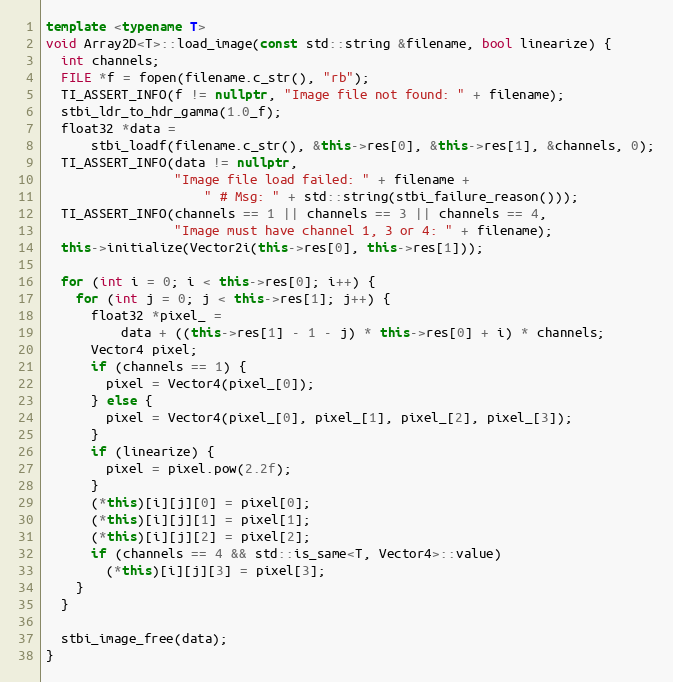
Language: C++
template <typename T>
void Array2D<T>::load_image(const std::string &filename, bool linearize) {
  int channels;
  FILE *f = fopen(filename.c_str(), "rb");
  TI_ASSERT_INFO(f != nullptr, "Image file not found: " + filename);
  stbi_ldr_to_hdr_gamma(1.0_f);
  float32 *data =
      stbi_loadf(filename.c_str(), &this->res[0], &this->res[1], &channels, 0);
  TI_ASSERT_INFO(data != nullptr,
                 "Image file load failed: " + filename +
                     " # Msg: " + std::string(stbi_failure_reason()));
  TI_ASSERT_INFO(channels == 1 || channels == 3 || channels == 4,
                 "Image must have channel 1, 3 or 4: " + filename);
  this->initialize(Vector2i(this->res[0], this->res[1]));

  for (int i = 0; i < this->res[0]; i++) {
    for (int j = 0; j < this->res[1]; j++) {
      float32 *pixel_ =
          data + ((this->res[1] - 1 - j) * this->res[0] + i) * channels;
      Vector4 pixel;
      if (channels == 1) {
        pixel = Vector4(pixel_[0]);
      } else {
        pixel = Vector4(pixel_[0], pixel_[1], pixel_[2], pixel_[3]);
      }
      if (linearize) {
        pixel = pixel.pow(2.2f);
      }
      (*this)[i][j][0] = pixel[0];
      (*this)[i][j][1] = pixel[1];
      (*this)[i][j][2] = pixel[2];
      if (channels == 4 && std::is_same<T, Vector4>::value)
        (*this)[i][j][3] = pixel[3];
    }
  }

  stbi_image_free(data);
}